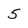
Character: 5